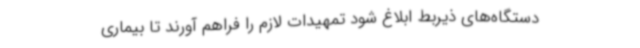
دستگاه‌های ذیربط ابلاغ شود تمهیدات لازم را فراهم‌ آورند تا بیماری